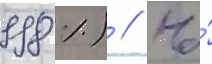
998 %) // На́